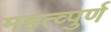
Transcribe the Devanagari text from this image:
महत्व्पुर्ण